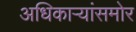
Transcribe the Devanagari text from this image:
अधिकाऱ्यांसमोर